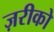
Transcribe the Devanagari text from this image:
ज़रीको